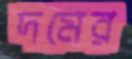
দমের